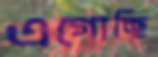
এগোচ্ছি